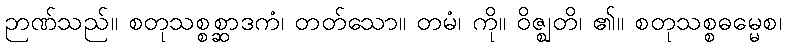
ဉာဏ်သည်။ စတုသစ္စစ္ဆာဒကံ၊ တတ်သော။ တမံ၊ ကို။ ဝိဇ္ဈတိ၊ ၏။ စတုသစ္စဓမ္မေစ၊